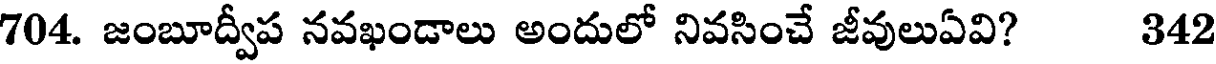
704. జంబూద్వీప నవఖండాలు అందులో నివసించే జీవులుఏవి? 342